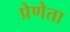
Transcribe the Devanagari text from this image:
प्रेणेता